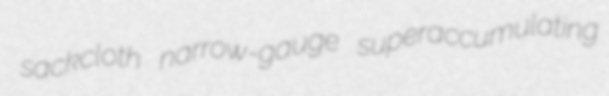
sackcloth narrow-gauge superaccumulating